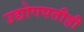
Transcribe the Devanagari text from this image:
उद्योगपतीही